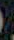
.